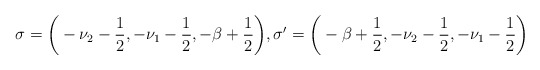
\begin{align*} \sigma=\bigg(-\nu_2-\frac{1}{2},-\nu_1-\frac{1}{2},-\beta+\frac{1}{2}\bigg),\sigma'=\bigg(-\beta+\frac{1}{2}, -\nu_2-\frac{1}{2}, -\nu_1-\frac{1}{2}\bigg) \end{align*}